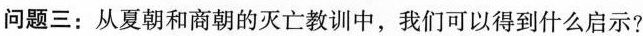
问题三：从夏朝和商朝的灭亡教训中，我们可以得到什么启示?